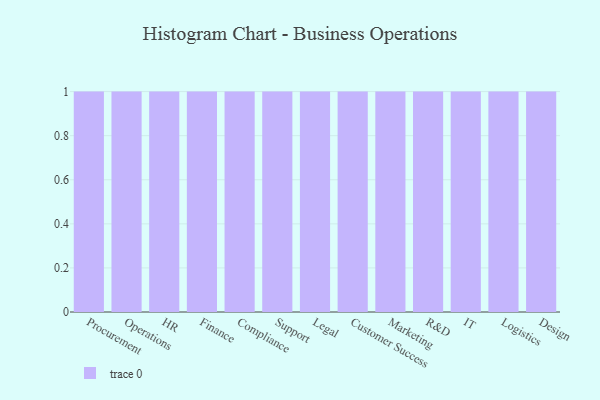
{"axis": {"x": "Department", "y": "Production Output"}, "legend": [""], "data": [{"x": "Procurement", "y": 9, "type": ""}, {"x": "Operations", "y": 94, "type": ""}, {"x": "HR", "y": 90, "type": ""}, {"x": "Finance", "y": 49, "type": ""}, {"x": "Compliance", "y": 11, "type": ""}, {"x": "Support", "y": 1, "type": ""}, {"x": "Legal", "y": 83, "type": ""}, {"x": "Customer Success", "y": 52, "type": ""}, {"x": "Marketing", "y": 48, "type": ""}, {"x": "R&D", "y": 78, "type": ""}, {"x": "IT", "y": 93, "type": ""}, {"x": "Logistics", "y": 25, "type": ""}, {"x": "Design", "y": 12, "type": ""}]}